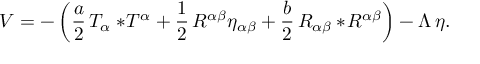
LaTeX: V = - \left( { \frac { a } { 2 } } \, T _ { \alpha } { } * \! T ^ { \alpha } + { \frac { 1 } { 2 } } \, R ^ { \alpha \beta } \eta _ { \alpha \beta } + { \frac { b } { 2 } } \, R _ { \alpha \beta } { } * \! R ^ { \alpha \beta } \right) - \Lambda \, \eta .